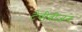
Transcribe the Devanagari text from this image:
टेवीवीजन